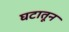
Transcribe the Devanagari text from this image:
घटातून